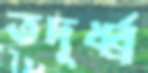
তদূর্ধ্ব্র